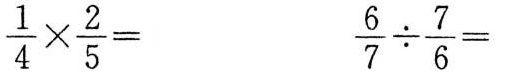
$$ \frac { 1 } { 4 } \times \frac { 2 } { 5 } =$$ $$\frac { 6 } { 7 } \div \frac { 7 } { 6 } =$$